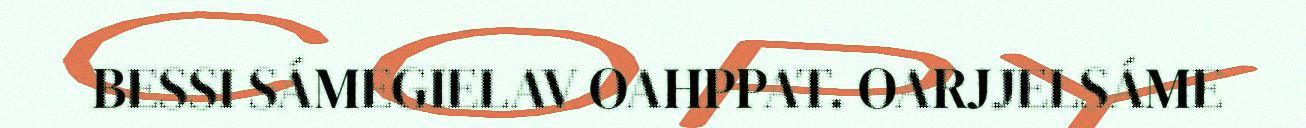
BESSI SÁMEGIELAV OAHPPAT. OARJJELSÁME